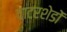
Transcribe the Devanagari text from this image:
वाटरशेडों